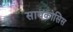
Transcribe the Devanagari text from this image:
सायकोसिस